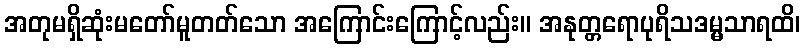
အတုမရှိဆုံးမတော်မူတတ်သော အကြောင်းကြောင့်လည်း။ အနုတ္တရောပုရိသဒမ္မသာရထိ၊